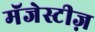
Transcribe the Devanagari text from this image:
मॅजेस्टीज़